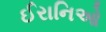
ઈરાનિઓ